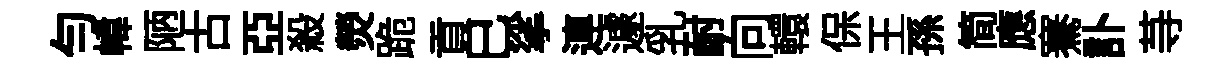
勻幃陋古亞殺熒跪貢巳挲連遽乳耐向轘保王孫简應騫訃䒭